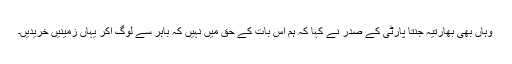
وہاں بھی بھارتیہ جنتا پارٹی کے صدر نے کہا کہ ہم اس بات کے حق میں نہیں کہ باہر سے لوگ آکر یہاں زمینیں خریدیں۔